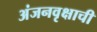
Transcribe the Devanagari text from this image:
अंजनवृक्षाची